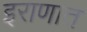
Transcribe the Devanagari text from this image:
इराणात